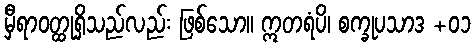
မှီရာဝတ္ထုရှိသည်လည်း ဖြစ်သော။ ဣတရံပိ၊ စက္ခုပသာဒ +၀၁